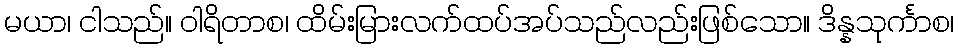
မယာ၊ ငါသည်။ ဝါရိတာစ၊ ထိမ်းမြားလက်ထပ်အပ်သည်လည်းဖြစ်သော။ ဒိန္နသုင်္ကာစ၊